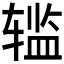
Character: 𰺗